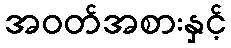
အဝတ်အစားနှင့်